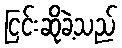
ငြင်းဆိုခဲ့သည်